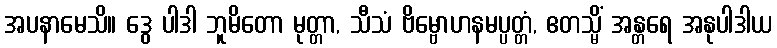
အပနာမေသိ။ ဒွေ ပါဒါ ဘူမိတော မုတ္တာ, သီသံ ဗိမ္ဗောဟနမပ္ပတ္တံ, ဧတသ္မိံ အန္တရေ အနုပါဒါယ